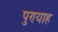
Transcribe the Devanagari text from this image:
पुण्याह